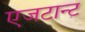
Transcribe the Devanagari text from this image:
एजटान्ट